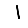
Digit: 1